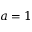
a = 1